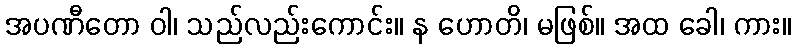
အပဏီတော ဝါ၊ သည်လည်းကောင်း။ န ဟောတိ၊ မဖြစ်။ အထ ခေါ၊ ကား။